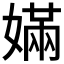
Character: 𡠪